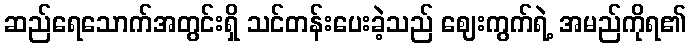
ဆည်ရေသောက်အတွင်းရှိ သင်တန်းပေးခဲ့သည် ဈေးကွက်ရဲ့ အမည်ကိုရ၏